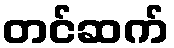
တင်ဆက်